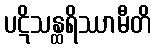
ပဋိသန္ထရိဿာမီတိ